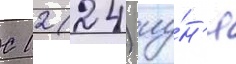
С 12 (24) иу́н'я